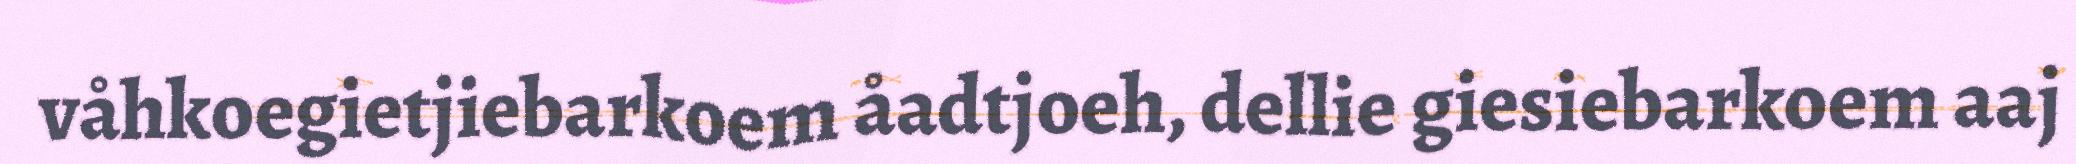
våhkoegietjiebarkoem åadtjoeh, dellie giesiebarkoem aaj